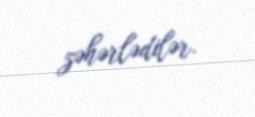
zəhərlədilər.